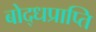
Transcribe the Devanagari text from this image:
बोद्धप्राप्ति